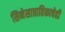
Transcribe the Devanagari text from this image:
सिनेसाप्ताहिकाचेही